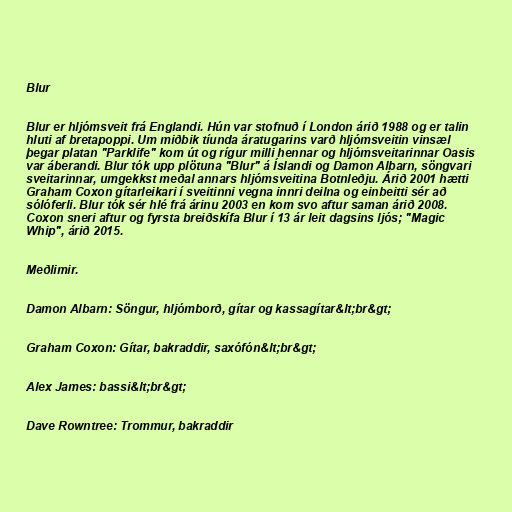
Blur

Blur er hljómsveit frá Englandi. Hún var stofnuð í London árið 1988 og er talin
hluti af bretapoppi. Um miðbik tíunda áratugarins varð hljómsveitin vinsæl
þegar platan "Parklife" kom út og rígur milli hennar og hljómsveitarinnar Oasis
var áberandi. Blur tók upp plötuna "Blur" á Íslandi og Damon Albarn, söngvari
sveitarinnar, umgekkst meðal annars hljómsveitina Botnleðju. Árið 2001 hætti
Graham Coxon gítarleikari í sveitinni vegna innri deilna og einbeitti sér að
sólóferli. Blur tók sér hlé frá árinu 2003 en kom svo aftur saman árið 2008.
Coxon sneri aftur og fyrsta breiðskífa Blur í 13 ár leit dagsins ljós; "Magic
Whip", árið 2015.

Meðlimir.

Damon Albarn: Söngur, hljómborð, gítar og kassagítar&lt;br&gt;

Graham Coxon: Gítar, bakraddir, saxófón&lt;br&gt;

Alex James: bassi&lt;br&gt;

Dave Rowntree: Trommur, bakraddir